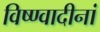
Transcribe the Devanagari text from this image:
विष्ण्वादीनां